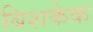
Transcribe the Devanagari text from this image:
बिशकेक